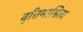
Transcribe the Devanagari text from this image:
वृत्तिमाश्रित्य